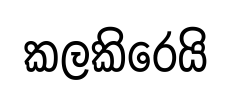
කලකිරෙයි